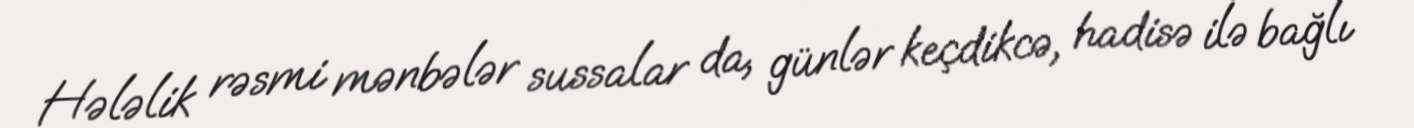
Hələlik rəsmi mənbələr sussalar da, günlər keçdikcə, hadisə ilə bağlı